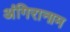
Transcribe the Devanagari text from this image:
अंगिरानाम